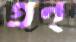
গ্রন্